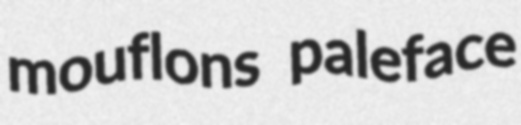
mouflons paleface